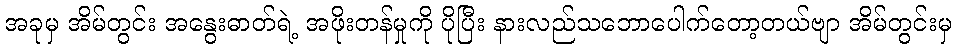
အခုမှ အိမ်တွင်း အနွေးဓာတ်ရဲ့ အဖိုးတန်မှုကို ပိုပြီး နားလည်သဘောပေါက်တော့တယ်ဗျာ အိမ်တွင်းမှ